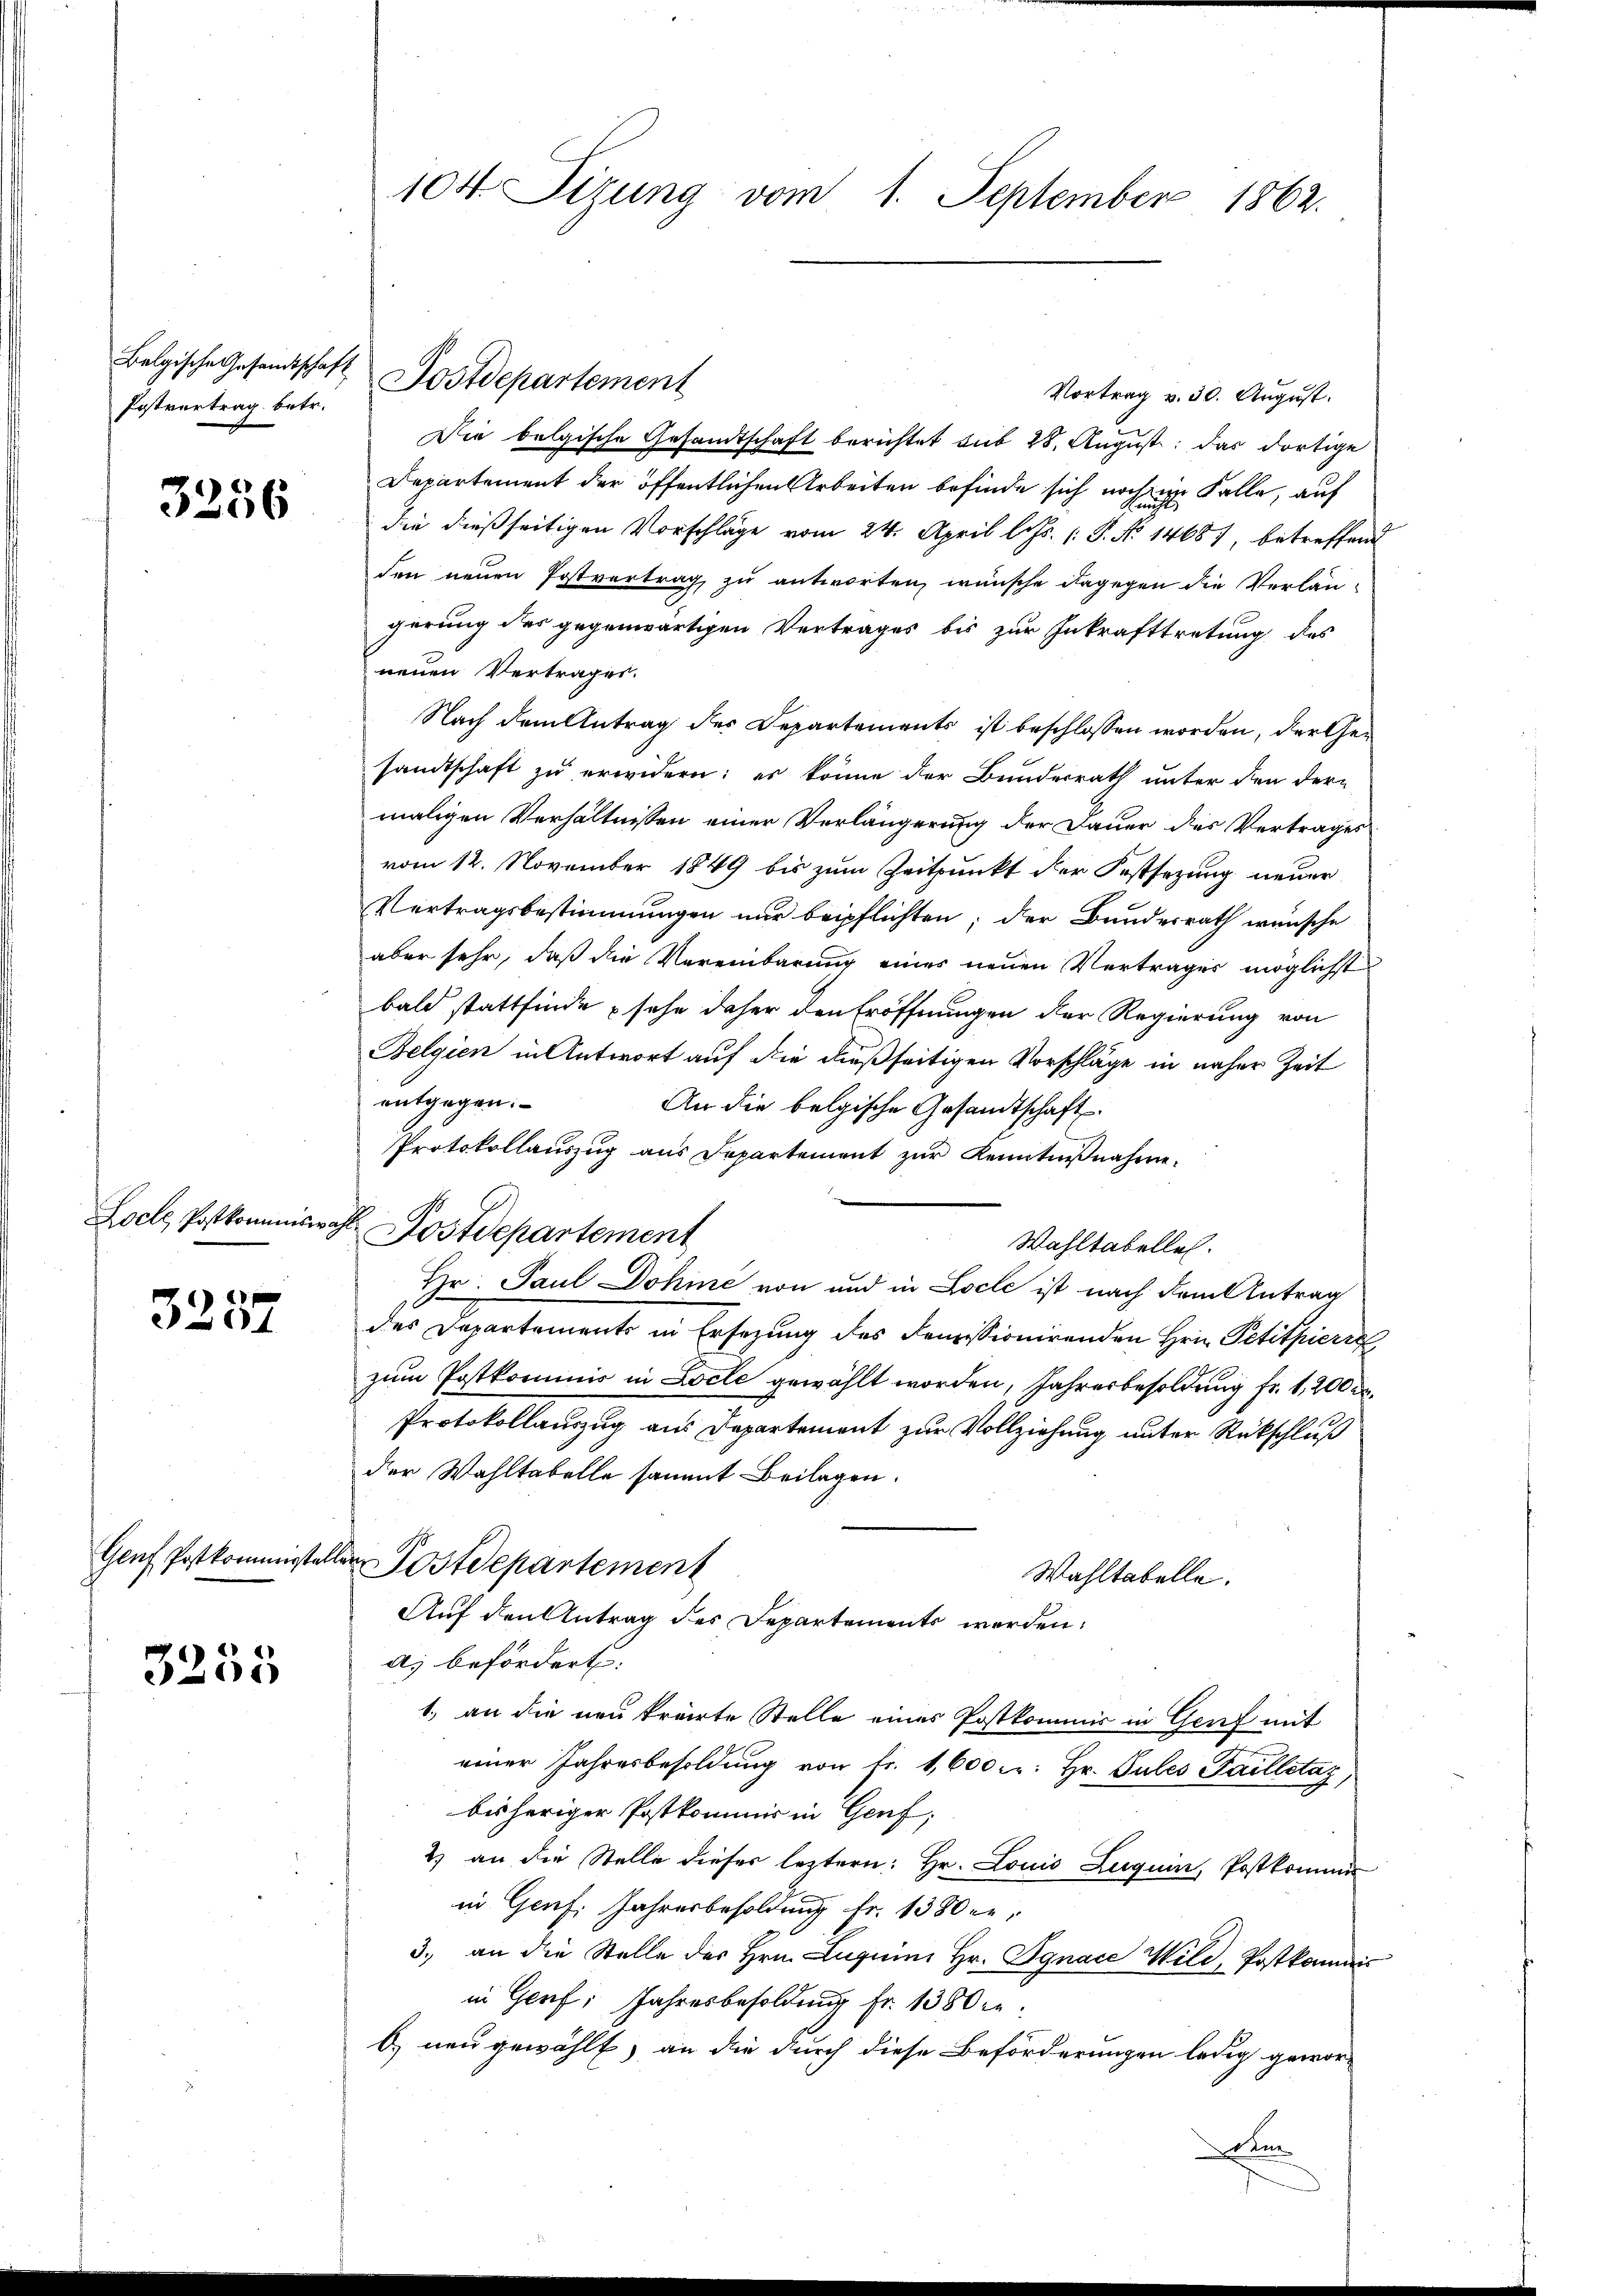
Postvertrag betr.

3256

Loche Postkommiswahl

3257

3235

104. Sizung vom 1. September 1862.

Vortrag v. 30. August.
Die belgische Gesandtschaft berichtet sub 28. August das dortige
Departement der öffentlichen Arbeiten befinde sich noch in Falle, auf
die dießseitigen Vorschläge vom 24. April l. Js. (: P. No 14687, betreffend
den neuen Postvertrag zu antworten, wünsche dagegen die Verlängerung des gegenwärtigen Vertrages bis zur Inkrafttretung des
neuen Vertrages.
Nach dem Antrag des Departements ist beschlossen worden, der Gesandtschaft zu erwidern: es könne der Bundesrath unter den der-
maligen Verhältnissen einer Verlängerung der Dauer des Vertrages
vom 12. November 1849 bis zum Zeitpunkt der Festsezung neuer
Vertragsbestimmungen nur beipflichten; der Bundesrath wünsche
aber sehr, daß die Vereinbarung eines neuen Vertrages möglichst
bald stattfinde sehe daher den Eröffnungen der Regierung von
Belgien in Antwort auf die dießseitigen Vorschläge in näher Zeit
entgegen.
An die belgische Gesandtschaft
Protokollauszug aus Departement zur Kenntnißnahme.
Postdepartement
Wahltabelles.
Hr. Paul Dohie von und in Locle ist nach dem Antrag
des Departements in Ersezung des Demissionirenden Hrn. Petitpierre
zum Postkommnis in Locle gewählt worden, Jahresbesoldung fr. 1,200 de
Protokollauszug aus Departement zur Vollziehung unter Rückschluß
der Wahltabelle sammt Beilagen.
Genf Postkommissteller Postdepartement
Wahltabelle.
Auf den Antrag des Departements werden:
a) befördert.
1.) an die neu krärte Stelle eines Postkommis in Genf mit
einer Jahresbesoldŭng von fr. 1,600 : Hr. Sules Failletaz
bisheriger Postkommis in Genf;
2) an die Stelle dieser leztern: Hr. Louis Luguen, Postkommis
in Genf. Jahresbesoldung fr. 1380 er,
3. an die Stelle des Hrn. Lugium Hr. Jgnace Wild, Postkommis
in Genf, Jahresbesoldung fr. 1380 l.
b neu gewählt, an die durch diese Beförderungen ledig geworoen

Belgische Gesandtschaft Postdepartement